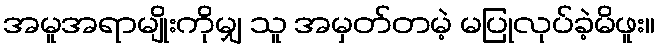
အမူအရာမျိုးကိုမျှ သူ အမှတ်တမဲ့ မပြုလုပ်ခဲ့မိဖူး။